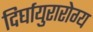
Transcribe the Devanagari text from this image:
दिर्घायुरारोग्य